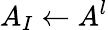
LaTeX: A_{I}\leftarrow A^{l}